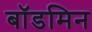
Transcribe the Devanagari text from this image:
बॉडमिन